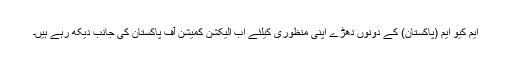
ایم کیو ایم (پاکستان) کے دونوں دھڑے اپنی منظوری کیلئے اب الیکشن کمیشن آف پاکستان کی جانب دیکھ رہے ہیں۔